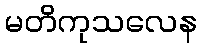
မတိကုသလေန